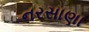
નરસાણા